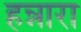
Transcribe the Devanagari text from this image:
हन्नारा